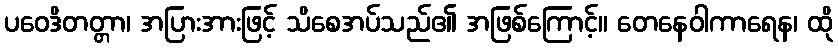
ပဝေဒိတတ္တာ၊ အပြားအားဖြင့် သိစေအပ်သည်၏ အဖြစ်ကြောင့်။ တေနေဝါကာရေန၊ ထို